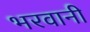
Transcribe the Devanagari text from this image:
भरवानी